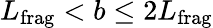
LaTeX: {L}_{\mathrm{frag}}<b\leq 2{L}_{\mathrm{frag}}